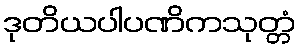
ဒုတိယပါပဏိကသုတ္တံ